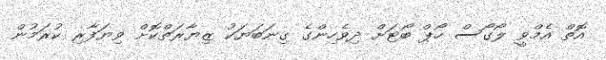
އޮތް އެމްވީ ލޯގޯސް ހޯޕް ބޯޓަށް ދިވެހިންގެ ގިނަބަޔަކު ޒިޔާރަތްކޮށް ވިޔަފާރި ކުރަމުން